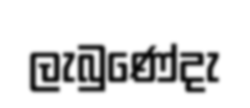
ලැබුණේදැ